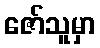
ဇော်သူမှာ